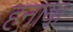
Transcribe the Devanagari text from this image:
हनाया